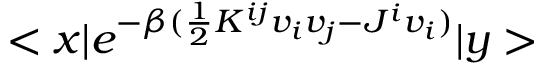
< x | e ^ { - \beta ( \frac { 1 } { 2 } K ^ { i j } v _ { i } v _ { j } - J ^ { i } v _ { i } ) } | y >